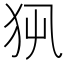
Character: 𤜿